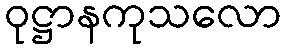
ဝုဋ္ဌာနကုသလော